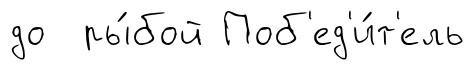
до ры́бой Поб'ед'и́т'ель